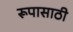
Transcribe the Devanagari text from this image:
रूपासाठी